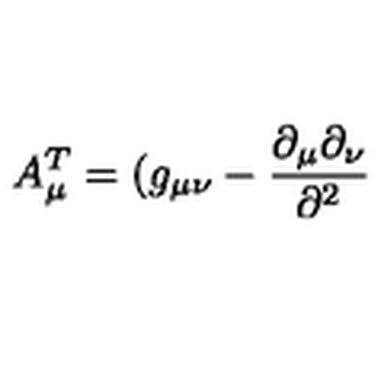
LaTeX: A _ { \mu } ^ { T } = ( g _ { \mu \nu } - \frac { \partial _ { \mu } \partial _ { \nu } } { \partial ^ { 2 } }